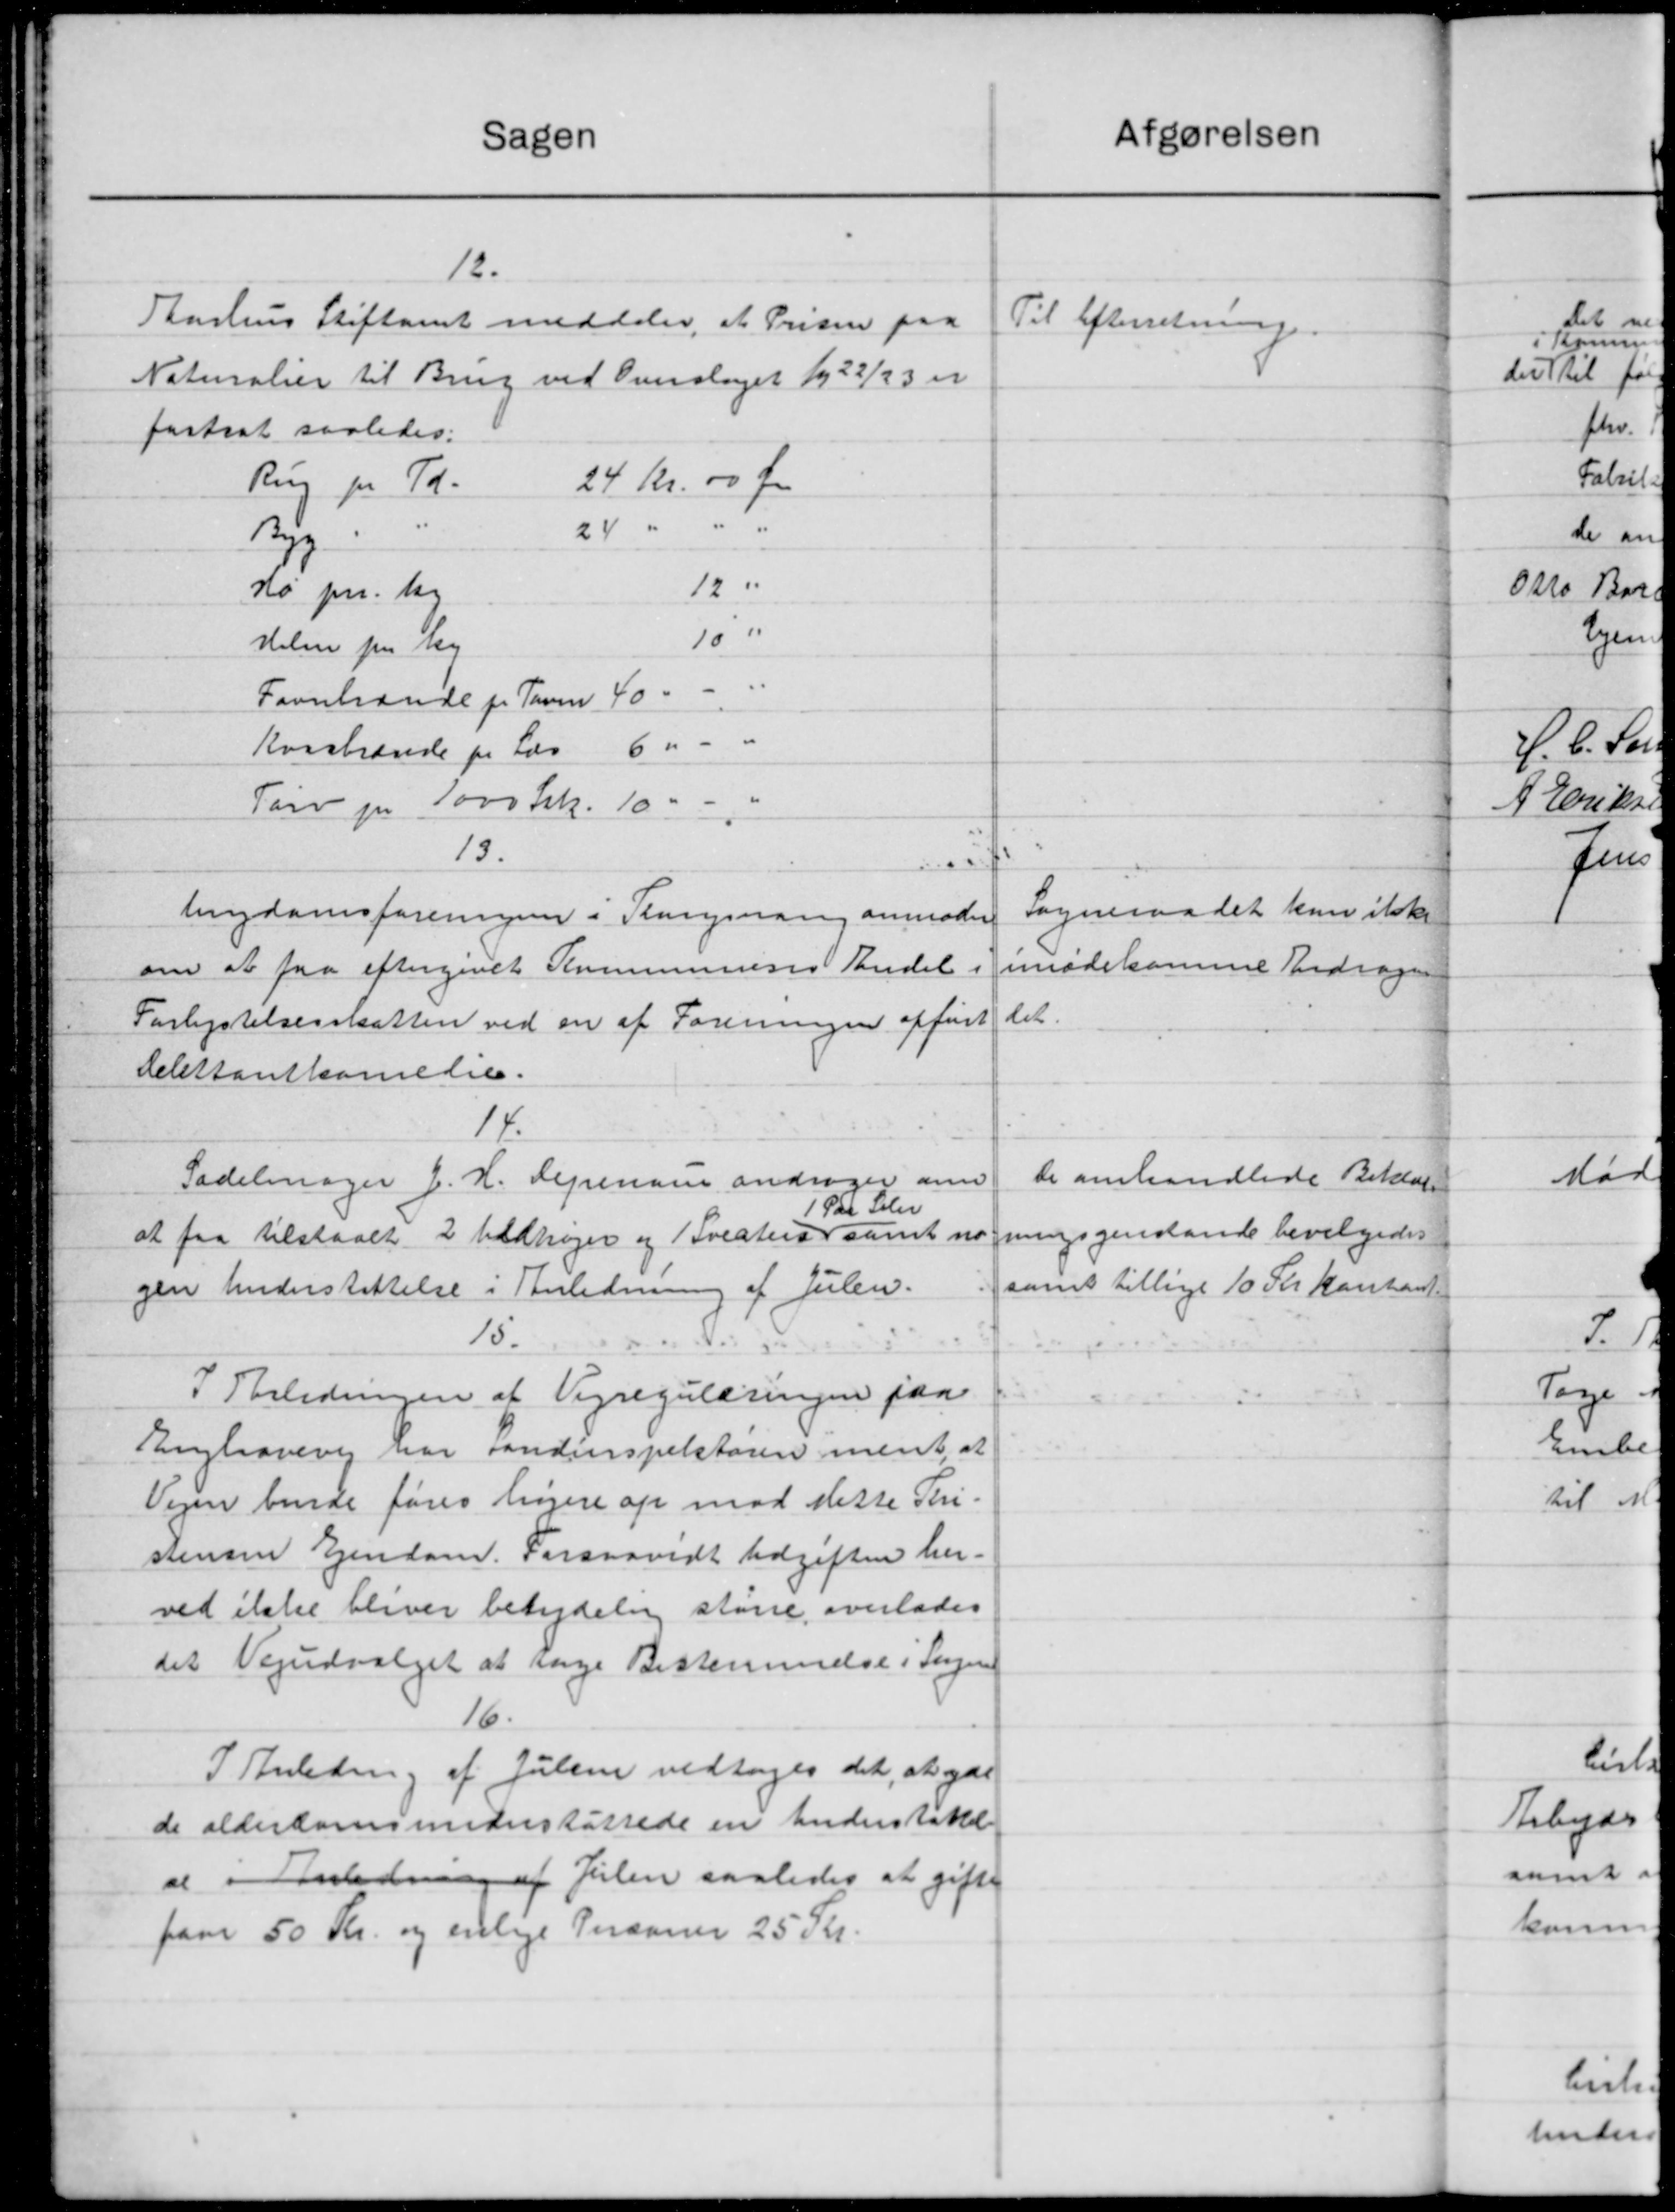
Transskription:
Sagen
12.
Aarhus Stiftamt meddeler, at Prisen paa
Naturalier til Brug ved Overslaget 1922/23 er
fastsat saaledes:
Rug pr. Td.
24 Kr. 00 Øre
24 "
Byg
12 "
Hø pr. Ug
10 "
Hele fra By
Favnbrænde pr. Tavne 40 -
Kvostrende pr Læs 6" "
Tørv pr 1000 Frk. 10 "
13.
lendomsforeningen i Slangsvang anmoder
om at faa eftergivet Kommunens Andel i
Forlystelsesskatten ved en af Foreningen opført
delestantkomelier.
14.
Sadelmager J. H. Lejrenaa andrager om
1 Par Seler
at faa tilstaaet 2 vedhøjer og Sveaturer samt no
gen Understøttelse i Anledning af Julen.
15.
I Anledningen af Vejreguleringen paa
Anghavevej var Landinspektøren ment, at
Vejen burde føres højere op mod dette Thri-
stensen Ejendom. Forsaavidt Udgiften her.
ved ikke bliver betydelse større overlades
det Vejudvalget at søge Bestemmelse i Sagen
16.
I Anledning af Julie vedtoges det, at yde
de alderdomsunderstøttede en Understøttelse
at i Anledning af Julen saaledes at gifte
faar 50 Kr. og enlige Personer 25 Kr.